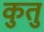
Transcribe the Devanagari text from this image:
कुतु